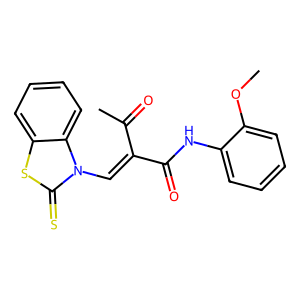
SMILES: COc1ccccc1NC(=O)C(=Cn1c(=S)sc2ccccc21)C(C)=O
Inhibits HIV replication: No